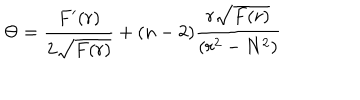
LaTeX: \Theta = \frac { F ^ { \prime } ( r ) } { 2 \sqrt { F ( r ) } } + ( n - 2 ) \frac { r \sqrt { F ( r ) } } { ( r ^ { 2 } - N ^ { 2 } ) }